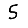
Digit: 5